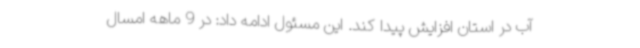
آب در استان افزایش پیدا کند. این مسئول ادامه داد: در 9 ماهه امسال